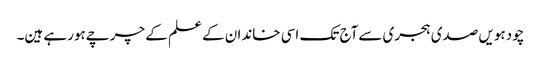
چودہویں صدی ہجری سےآج تک اسی خاندان کے علم کے چرچےہورہے ہین۔